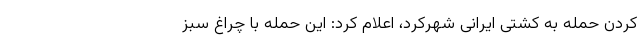
کردن حمله به کشتی ایرانی شهرکرد، اعلام کرد: این حمله با چراغ سبز